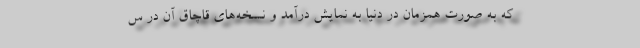
که به صورت همزمان در دنیا به نمایش درآمد و نسخه‌های قاچاق آن در س